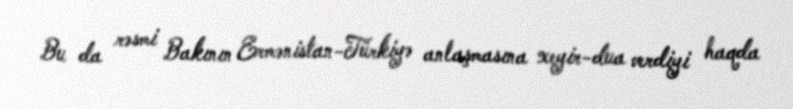
Bu da rəsmi Bakının Ermənistan-Türkiyə anlaşmasına xeyir-dua verdiyi haqda